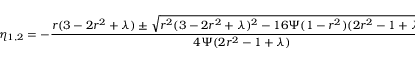
\eta _ { 1 , 2 } = - \frac { r ( 3 - 2 r ^ { 2 } + \lambda ) \pm \sqrt { r ^ { 2 } ( 3 - 2 r ^ { 2 } + \lambda ) ^ { 2 } - 1 6 \Psi ( 1 - r ^ { 2 } ) ( 2 r ^ { 2 } - 1 + \lambda ) ^ { 2 } } } { 4 \Psi ( 2 r ^ { 2 } - 1 + \lambda ) } \, .